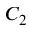
C _ { 2 }